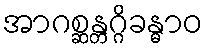
အာဂစ္ဆန္တဂ္ဂိခန္ဓာဝ